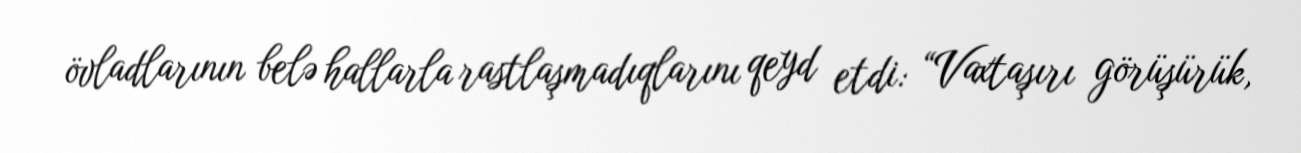
övladlarının belə hallarla rastlaşmadıqlarını qeyd etdi: “Vaxtaşırı görüşürük,